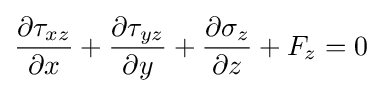
{\frac {\partial \tau _{xz}}{\partial x}}+{\frac {\partial \tau _{yz}}{\partial y}}+{\frac {\partial \sigma _{z}}{\partial z}}+F_{z}=0